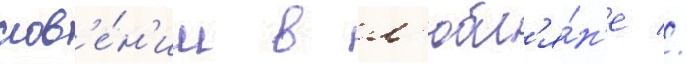
слов'е́н'ии в л'юбл'я́н'е //